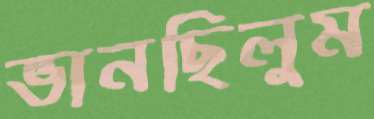
ভানছিলুম